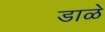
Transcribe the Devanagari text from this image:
डाळे